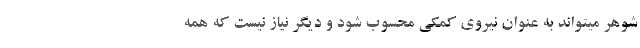
شوهر میتواند به عنوان نیروی کمکی محسوب شود و دیگر نیاز نیست که همه